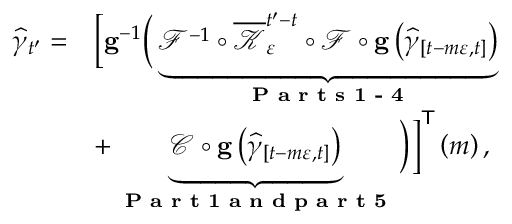
\begin{array} { r l } { \widehat { \gamma } _ { t ^ { \prime } } = } & { \Big [ \mathbf { g } ^ { - 1 } \Big ( \underbrace { \mathcal { F } ^ { - 1 } \circ \overline { { \mathcal { K } } } _ { \varepsilon } ^ { t ^ { \prime } - t } \circ \mathcal { F } \circ \mathbf { g } \left( \widehat { \gamma } _ { \left[ t - m \varepsilon , t \right] } \right) } _ { \textbf { P a r t s 1 - 4 } } } \\ & { + \underbrace { \mathcal { C } \circ \mathbf { g } \left( \widehat { \gamma } _ { \left[ t - m \varepsilon , t \right] } \right) } _ { \textbf { P a r t 1 a n d p a r t 5 } } \Big ) \Big ] ^ { \mathsf { T } } \left( m \right) , } \end{array}